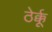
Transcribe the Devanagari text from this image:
ठेर्क्कू